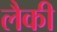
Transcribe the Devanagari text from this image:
लैकी